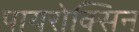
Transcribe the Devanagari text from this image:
पायरोक्सिन